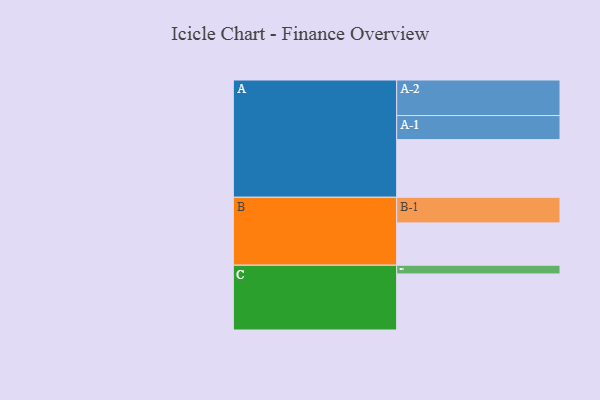
{"axis": {"x": "Segment", "y": "Value"}, "legend": ["", "A", "B", "C"], "data": [{"x": "A", "y": 470, "type": ""}, {"x": "B", "y": 345, "type": ""}, {"x": "C", "y": 457, "type": ""}, {"x": "A-1", "y": 196, "type": "A"}, {"x": "A-2", "y": 290, "type": "A"}, {"x": "B-1", "y": 209, "type": "B"}, {"x": "C-1", "y": 71, "type": "C"}]}